Indian journal of veterinary science and animal husbandry - Volume 7,
Year: 1937
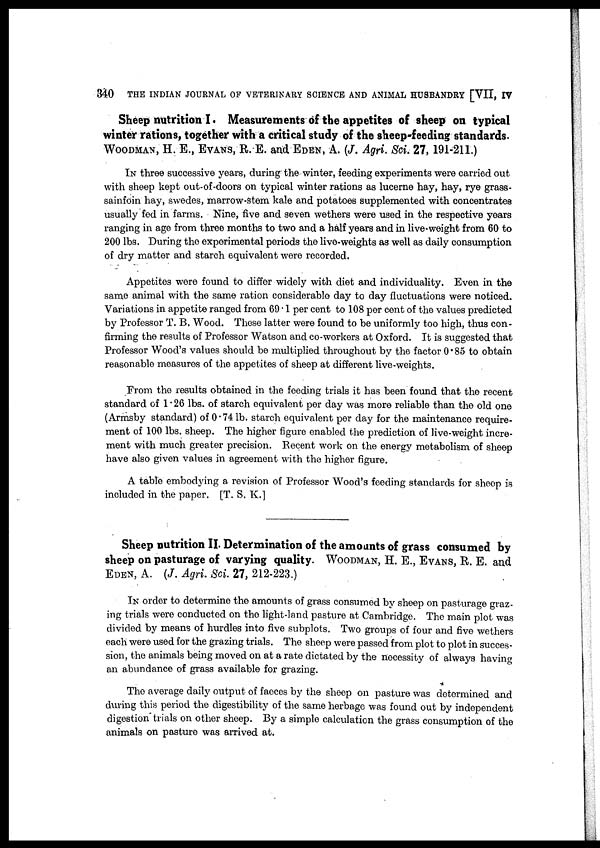
340
THE INDIAN JOURNAL OF VETERINARY SCIENCE AND ANIMAL HUSBANDRY [VII, IV
Sheep nutrition I. Measurements of the appetites of sheep on typical
winter rations, together with a critical study of the sheep-feeding standards.
WOODMAN, H. E., EVANS, R. E. and EDEN, A. (J. Agri. Sci. 27, 191-211.)
IN three successive years, during the winter, feeding experiments were carried out
with sheep kept out-of-doors on typical winter rations as lucerne hay, hay, rye grass-
sainfoin hay, swedes, marrow-stem kale and potatoes supplemented with concentrates
usually fed in farms. Nine, five and seven wethers were used in the respective years
ranging in age from three months to two and a half years and in live-weight from 60 to
200 lbs. During the experimental periods the live-weights as well as daily consumption
of dry matter and starch equivalent were recorded.
Appetites were found to differ widely with diet and individuality. Even in the
same animal with the same ration considerable day to day fluctuations were noticed.
Variations in appetite ranged from 69.1 per cent to 108 per cent of the values predicted
by Professor T. B. Wood. These latter were found to be uniformly too high, thus con-
firming the results of Professor Watson and co-workers at Oxford. It is suggested that
Professor Wood's values should be multiplied throughout by the factor 0.85 to obtain
reasonable measures of the appetites of sheep at different live-weights.
From the results obtained in the feeding trials it has been found that the recent
standard of 1.26 lbs. of starch equivalent per day was more reliable than the old one
(Armsby standard) of 0.74 lb. starch equivalent per day for the maintenance require-
ment of 100 lbs. sheep. The higher figure enabled the prediction of live-weight incre-
ment with much greater precision. Recent work on the energy metabolism of sheep
have also given values in agreement with the higher figure.
A table embodying a revision of Professor Wood's feeding standards for sheep is
included in the paper. [T. S. K.]
Sheep nutrition II. Determination of the amounts of grass consumed by
sheep on pasturage of varying quality. WOODMAN, H. E., EVANS, R. E. and
EDEN, A. (J. Agri. Sci. 27, 212-223.)
IN order to determine the amounts of grass consumed by sheep on pasturage graz-
ing trials were conducted on the light-land pasture at Cambridge. The main plot was
divided by means of hurdles into five subplots. Two groups of four and five wethers
each were used for the grazing trials. The sheep were passed from plot to plot in succes-
sion, the animals being moved on at a rate dictated by the necessity of always having
an abundance of grass available for grazing.
The average daily output of faeces by the sheep on pasture was determined and
during this period the digestibility of the same herbage was found out by independent
digestion trials on other sheep. By a simple calculation the grass consumption of the
animals on pasture was arrived at.